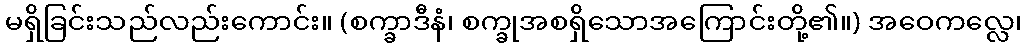
မရှိခြင်းသည်လည်းကောင်း။ (စက္ခာဒီနံ၊ စက္ခုအစရှိသောအကြောင်းတို့၏။) အဝေကလ္လေ၊